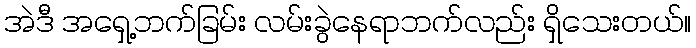
အဲဒီ အရှေ့ဘက်ခြမ်း လမ်းခွဲနေရာဘက်လည်း ရှိသေးတယ်။